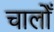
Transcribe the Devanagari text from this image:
चालोँ